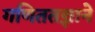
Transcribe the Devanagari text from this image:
गणिततज्ञाने